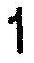
1